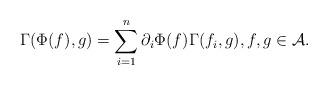
LaTeX: \begin{align*} \Gamma(\Phi(f),g)=\sum_{i=1}^n \partial_i \Phi(f)\Gamma(f_i,g), f,g \in \mathcal{A} .\end{align*}